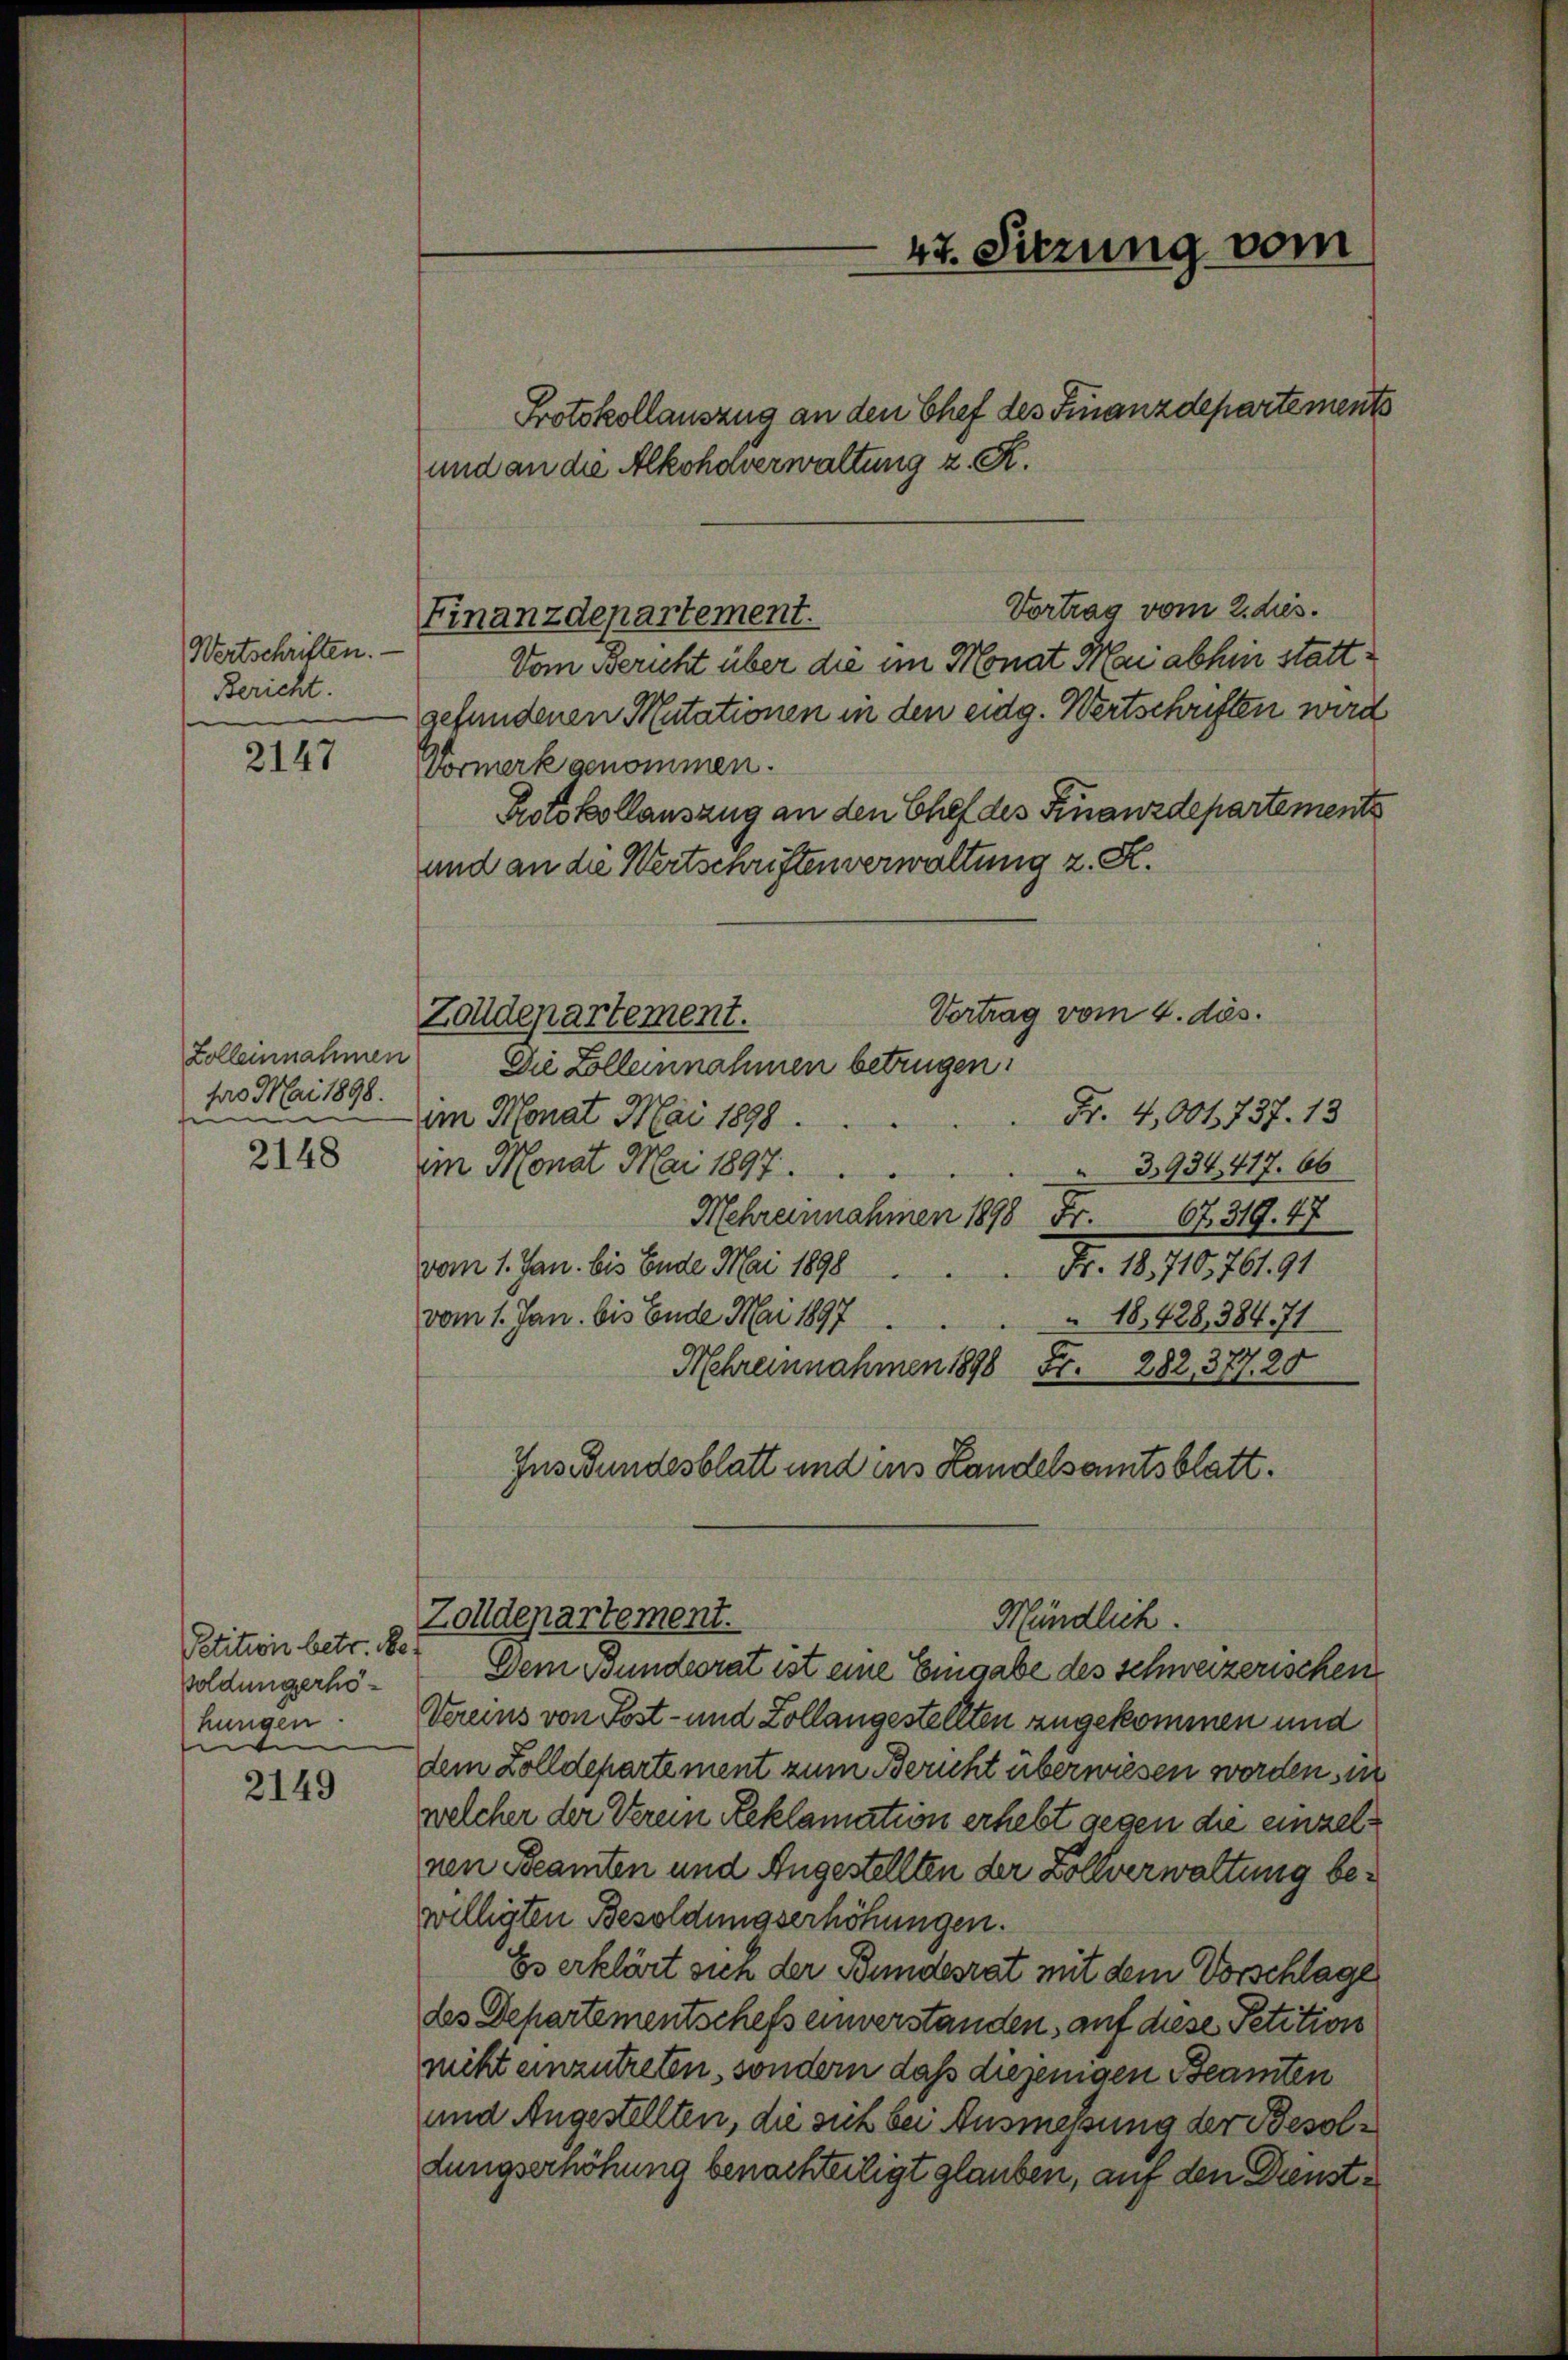
Wertschriften.
Bericht.

2147

2149

Zolleinnahmen
pro Mai 1898.
u
fe

Petition betr. Beh
soldungerhölungen.

Vom Bericht über die im Monat Mai abhin stattgefundenen Mutationen in den eidg. Wertschriften wird
Vormerk genommen.
Protokollauszug an den Chef des Finanzdepartements
und an die Wertschriften verwaltung z. K.
Vertrag vom 4. des.
Zolldepartement.
Die Zolleinnahmen betrügen:
im Monat Mai 1898 Fr. 4,00f 737. 13
2148 um Monat Mai 1897.
3934, 417. 66
Mehreinnahmen 1898 Fr. 67. 319. 47
Fr. 18. 710,761. 91
vom 1. Jan. bis Ende Mai 1898
vom 1. Jan. bis Ende Mai 1897
18,428, 38471
Fr. 282, 377. 20
Mehreinnahmen 1898
Ins Bundesblatt und ins Handelsamtsblatt.

und an die Alkoholverwaltung z. R.

Vortrag vom 2. dies.
Finanzdepartement.

47. Sitzung vom

Protokollauszug an den Chef des Finanzdepartements

Mündlich.
Zolldepartement.
Dem Bundesrat ist eine Eingabe des schweizerischen

Vereins von Post- und Zollangestellten zugekommen und
dem Zolldepartement zum Bericht überwiesen worden sin
welcher der Verein Reklamation erhebt gegen die einzelnen Beamten und Angestellten der Zollverwaltung bewilligten Besoldungserhöhungen.
Es erklärt sich der Bundesrat mit dem Vorschlage
des Departementschefs einverstanden, auf diese Petition
niht einzutreten, sondern daß diejenigen Beamten
und Angestellten, die sich bei Ausmessung der Besoldungserhöhung benachteiligt glauben, auf den Dienst¬